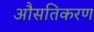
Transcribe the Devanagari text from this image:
औसतिकरण